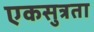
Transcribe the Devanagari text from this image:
एकसुत्रता